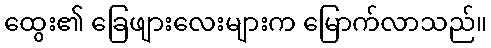
ထွေး၏ ခြေဖျားလေးများက မြောက်လာသည်။